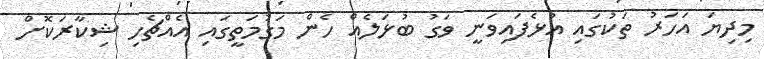
މިދިޔަ އަހަރު ތަކުގައި އުޅެފައިވަނީ ވަގު ބުޅަލެއް ހެން މަގުމަތީގައި އެއްޗެހި ޝިކާރަކޮށް